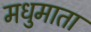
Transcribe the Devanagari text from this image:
मधुमाता